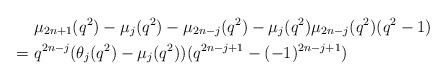
LaTeX: \begin{align*} &\mu_{2n+1}(q^{2})-\mu_{j}(q^{2})-\mu_{2n-j}(q^{2})-\mu_{j}(q^{2})\mu_{2n-j}(q^{2})(q^{2}-1)\\=\ &q^{2n-j}(\theta_{j}(q^{2})-\mu_{j}(q^{2}))(q^{2n-j+1}-(-1)^{2n-j+1}) \end{align*}